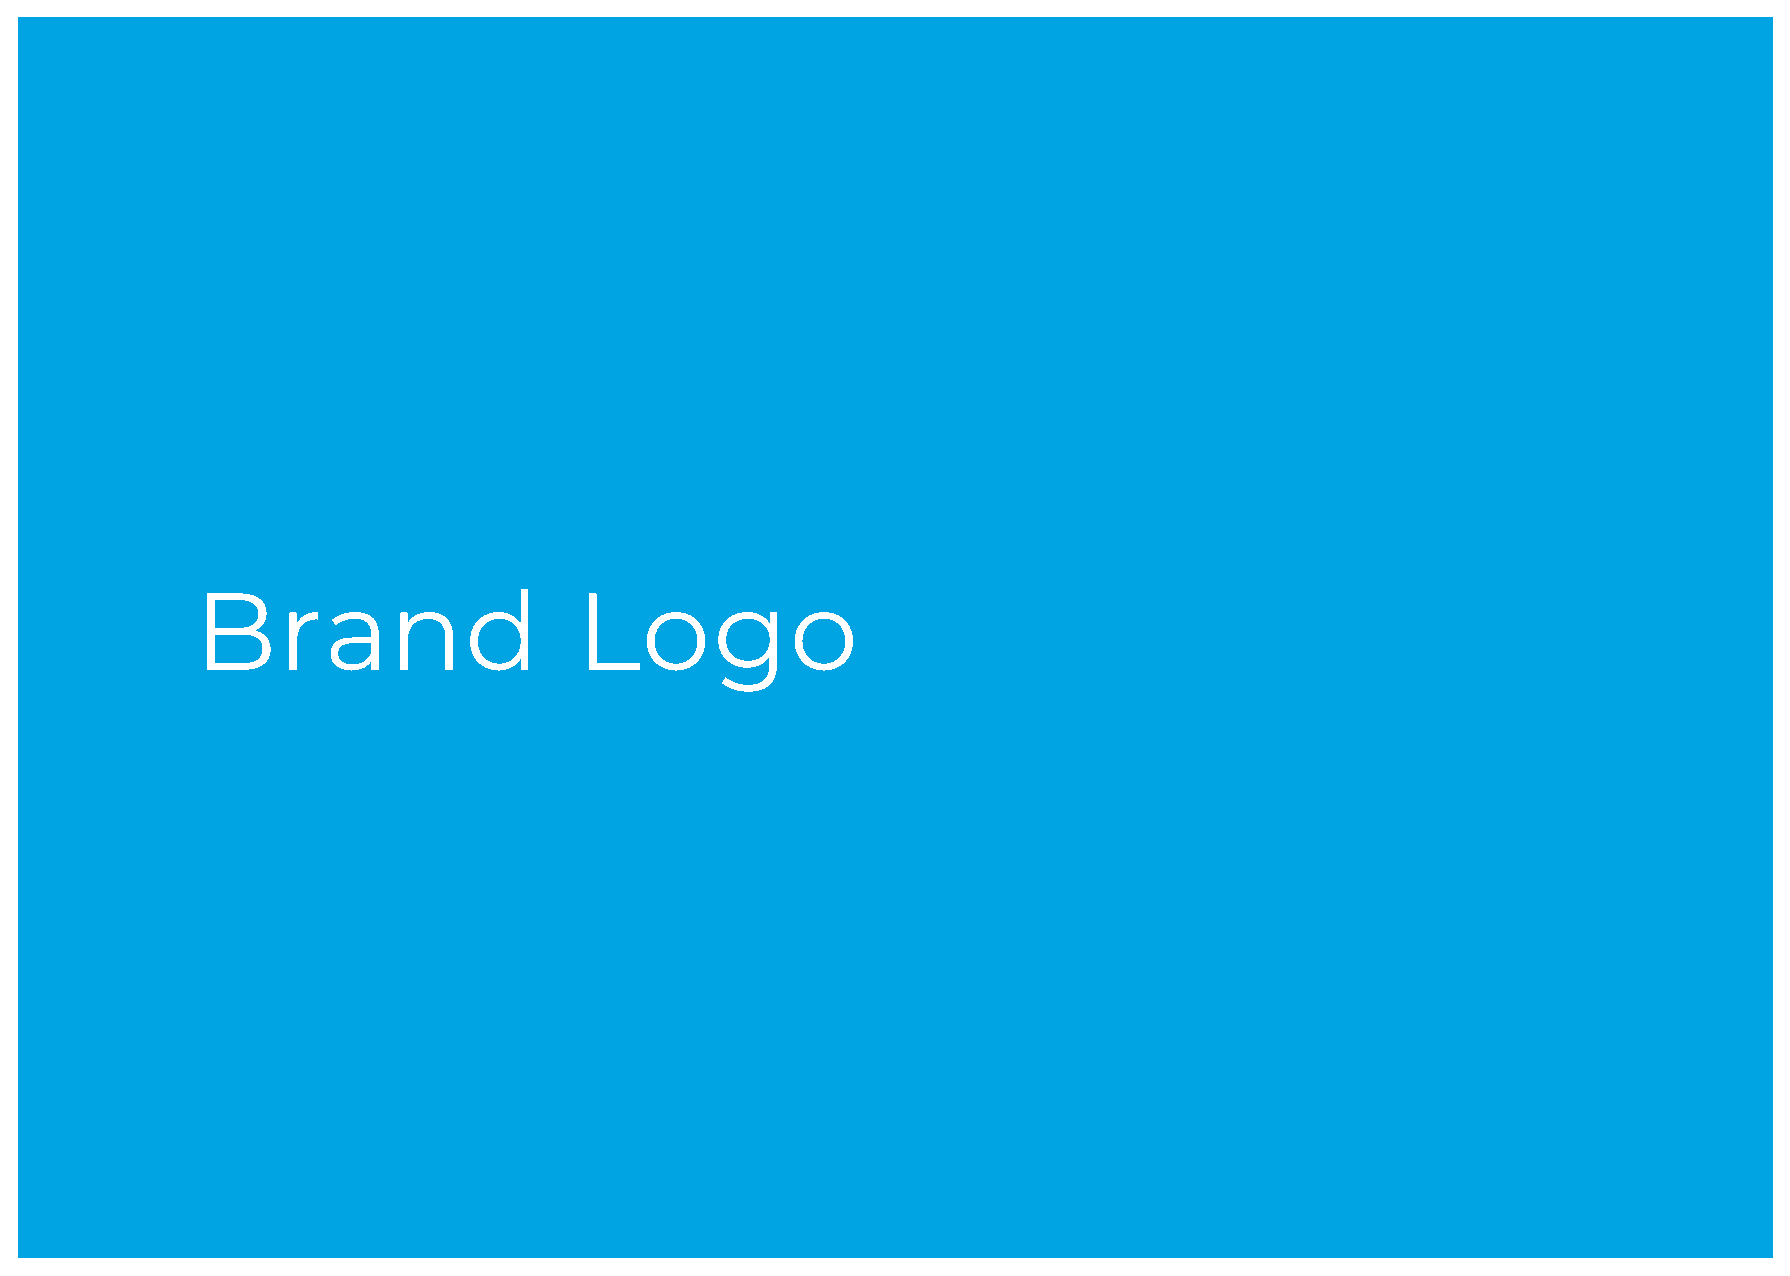
Brand                    Logo